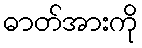
ဓာတ်အားကို